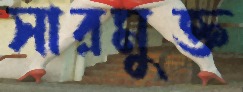
সারমুক্ত